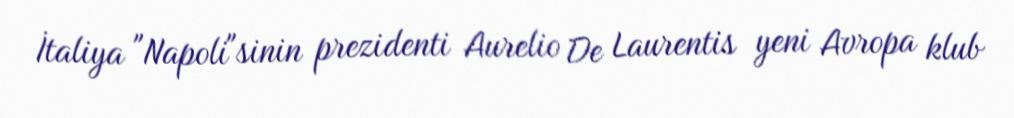
İtaliya "Napoli"sinin prezidenti Aurelio De Laurentis yeni Avropa klub